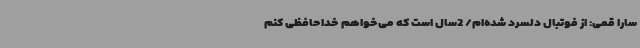
سارا قمی: از فوتبال دلسرد شده‌ام/ 2سال است که می‌خواهم خداحافظی کنم